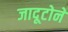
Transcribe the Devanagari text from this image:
जादूटोने